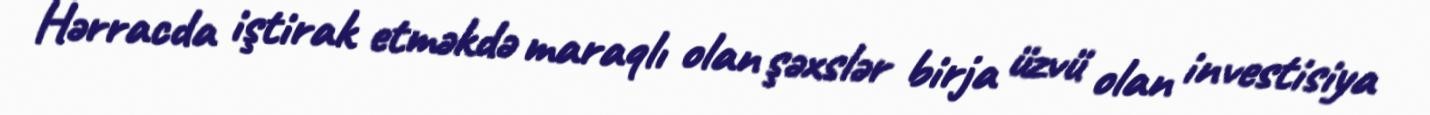
Hərracda iştirak etməkdə maraqlı olan şəxslər birja üzvü olan investisiya